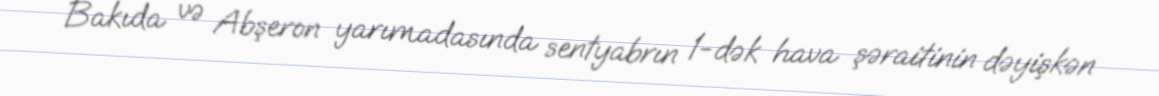
Bakıda və Abşeron yarımadasında sentyabrın 1-dək hava şəraitinin dəyişkən